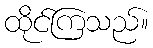
ထိုင်ကြသည်။